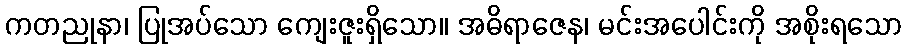
ကတညုနာ၊ ပြုအပ်သော ကျေးဇူးရှိသော။ အဓိရာဇေန၊ မင်းအပေါင်းကို အစိုးရသော